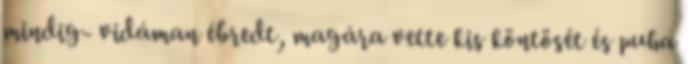
mindig- vidáman ébredt, magára vette kis köntösét és puha